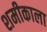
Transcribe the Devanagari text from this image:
शमीकाला